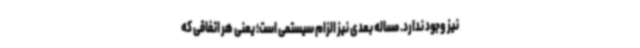
نیز وجود ندارد. مساله بعدی نیز الزام سیستمی است؛ یعنی هر اتفاقی که